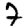
Digit: 7